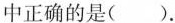
中正确的是().